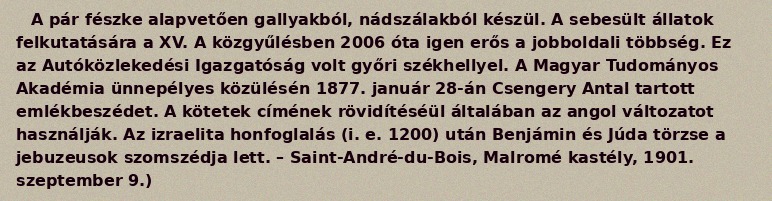
A pár fészke alapvetően gallyakból, nádszálakból készül. A sebesült állatok felkutatására a XV. A közgyűlésben 2006 óta igen erős a jobboldali többség. Ez az Autóközlekedési Igazgatóság volt győri székhellyel. A Magyar Tudományos Akadémia ünnepélyes közülésén 1877. január 28-án Csengery Antal tartott emlékbeszédet. A kötetek címének rövidítéséül általában az angol változatot használják. Az izraelita honfoglalás (i. e. 1200) után Benjámin és Júda törzse a jebuzeusok szomszédja lett. – Saint-André-du-Bois, Malromé kastély, 1901. szeptember 9.)